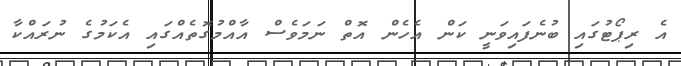
އެ ރިޕޯޓުގައި ބުނެފައިވަނީ ކަން އެހެން އޮތް ނަމަވެސް އާއްމުގޮތެއްގައި އެކަމުގެ ނުރައްކާ